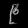
Digit: ၉